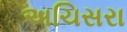
અચિસરા